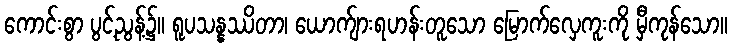
ကောင်းစွာ ပွင့်ညွန့်၌။ ရူပသန္နဿိတာ၊ ယောက်ျားရဟန်းတူသော မြောက်လှေကူးကို မှီကုန်သော။